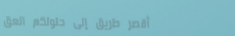
أقصر طريق إلى حلولكم العق